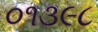
૦૧૩૯૮